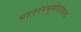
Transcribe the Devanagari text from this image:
बालरंगभूमीबरोबरच